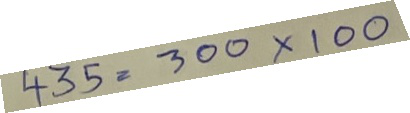
435 = 300 x 100